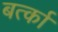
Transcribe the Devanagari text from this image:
बर्त्का